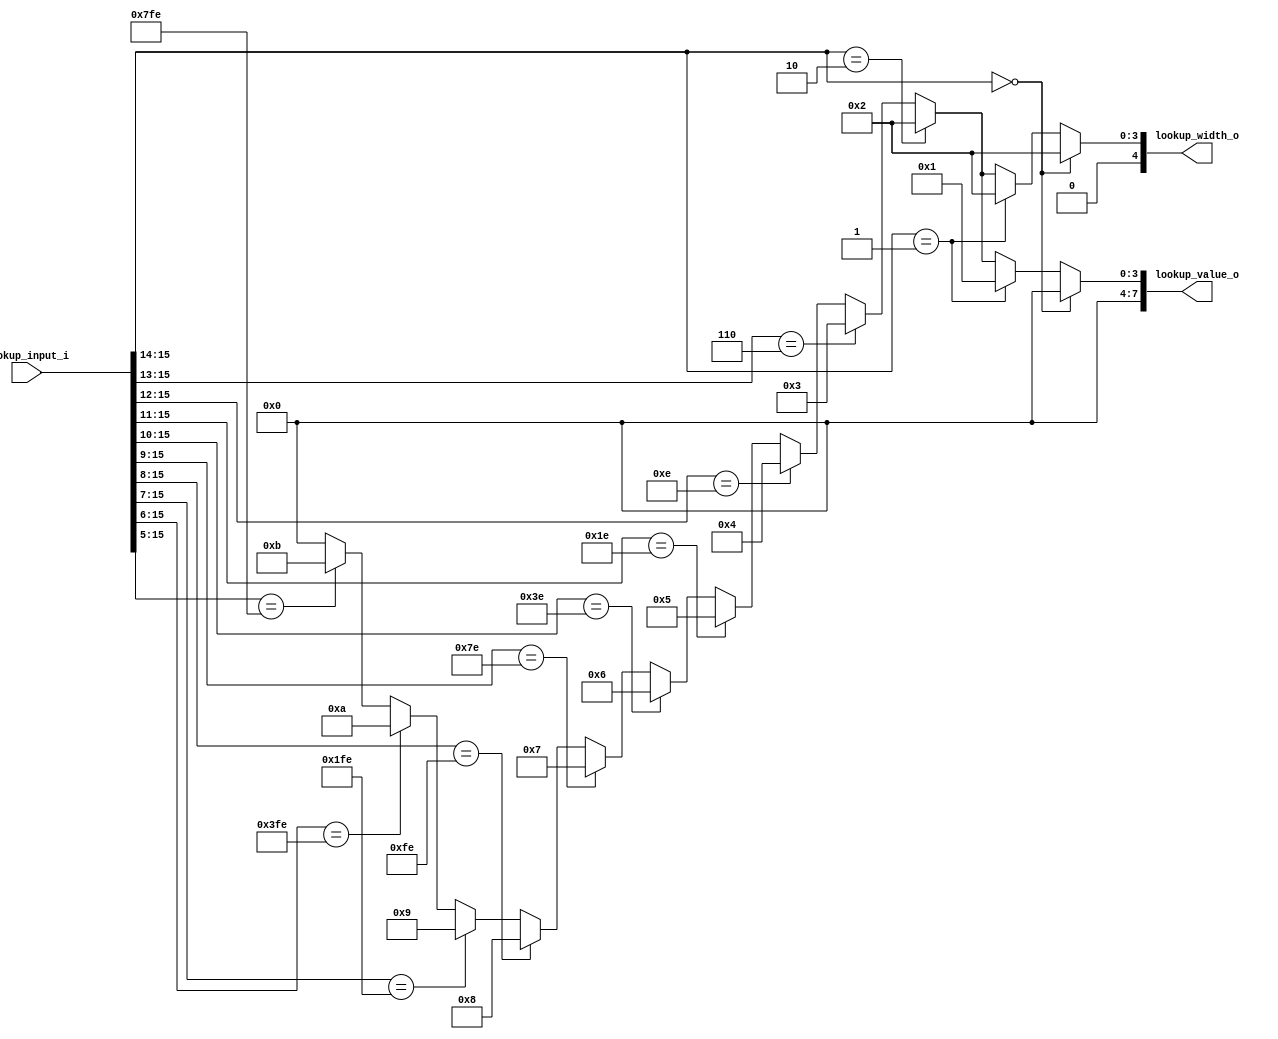
module jpeg_dht_std_cx_dc
(
     input  [ 15:0]  lookup_input_i
    ,output [  4:0]  lookup_width_o
    ,output [  7:0]  lookup_value_o
);

//-----------------------------------------------------------------
// Cx DC Table (standard)
//-----------------------------------------------------------------
reg [7:0] cx_dc_value_r;
reg [4:0] cx_dc_width_r;

always @ *
begin
    cx_dc_value_r = 8'b0;
    cx_dc_width_r = 5'b0;

    if (lookup_input_i[15:14] == 2'h0)
    begin
         cx_dc_value_r = 8'h00;
         cx_dc_width_r = 5'd2;
    end
    else if (lookup_input_i[15:14] == 2'h1)
    begin
         cx_dc_value_r = 8'h01;
         cx_dc_width_r = 5'd2;
    end
    else if (lookup_input_i[15:14] == 2'h2)
    begin
         cx_dc_value_r = 8'h02;
         cx_dc_width_r = 5'd2;
    end
    else if (lookup_input_i[15:13] == 3'h6)
    begin
         cx_dc_value_r = 8'h03;
         cx_dc_width_r = 5'd3;
    end
    else if (lookup_input_i[15:12] == 4'he)
    begin
         cx_dc_value_r = 8'h04;
         cx_dc_width_r = 5'd4;
    end
    else if (lookup_input_i[15:11] == 5'h1e)
    begin
         cx_dc_value_r = 8'h05;
         cx_dc_width_r = 5'd5;
    end
    else if (lookup_input_i[15:10] == 6'h3e)
    begin
         cx_dc_value_r = 8'h06;
         cx_dc_width_r = 5'd6;
    end
    else if (lookup_input_i[15:9] == 7'h7e)
    begin
         cx_dc_value_r = 8'h07;
         cx_dc_width_r = 5'd7;
    end
    else if (lookup_input_i[15:8] == 8'hfe)
    begin
         cx_dc_value_r = 8'h08;
         cx_dc_width_r = 5'd8;
    end
    else if (lookup_input_i[15:7] == 9'h1fe)
    begin
         cx_dc_value_r = 8'h09;
         cx_dc_width_r = 5'd9;
    end
    else if (lookup_input_i[15:6] == 10'h3fe)
    begin
         cx_dc_value_r = 8'h0a;
         cx_dc_width_r = 5'd10;
    end
    else if (lookup_input_i[15:5] == 11'h7fe)
    begin
         cx_dc_value_r = 8'h0b;
         cx_dc_width_r = 5'd11;
    end
end

assign lookup_width_o = cx_dc_width_r;
assign lookup_value_o = cx_dc_value_r;

endmodule